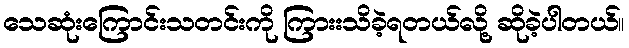
သေဆုံးကြောင်းသတင်းကို ကြားးသိခဲ့ရတယ်လို့ ဆိုခဲ့ပါတယ်။